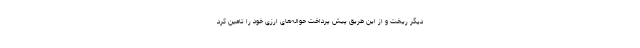
دیگر ریخت و از این طریق پیش پرداخت حواله‌های ارزی خود را تامین کرد